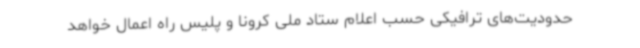
حدودیت‌های ترافیکی حسب اعلام ستاد ملی کرونا و پلیس راه اعمال خواهد